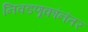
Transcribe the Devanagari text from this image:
निवडणूकांनंतर